画像に写った文字を読んでください
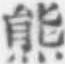
「熊」と書いてあります